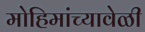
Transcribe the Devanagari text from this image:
मोहिमांच्यावेळी